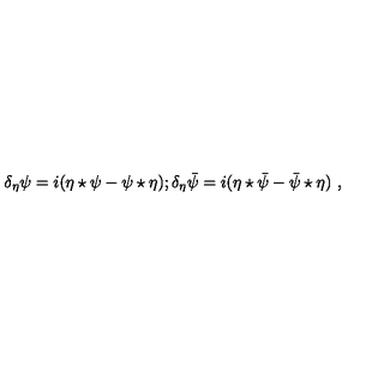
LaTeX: \delta _ { \eta } \psi = i ( \eta \star \psi - \psi \star \eta ) ; \delta _ { \eta } \bar { \psi } = i ( \eta \star \bar { \psi } - \bar { \psi } \star \eta ) \ ,